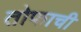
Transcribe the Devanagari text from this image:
तोफाची